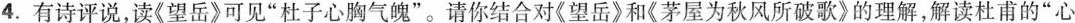
4.有诗评说，读《望岳》可见”杜子心胸气魄”。请你结合对《望岳》和《茅屋为秋风所破歌》的理解，解读杜甫的”心